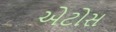
એટોસ